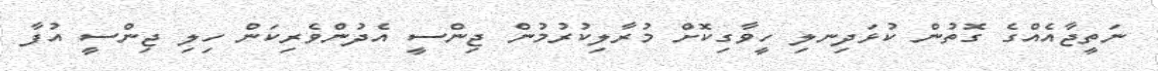
ނަތީޖާއެއްގެ ގޮތުން ކުޅަދިނލި ހީވާގިކޮށް މުރާލިކުރުމުން ޖިންސީ އެދުންވެރިކަން ހިލި ޖިންސީ އުފާ